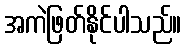
အကဲဖြတ်နိုင်ပါသည်။